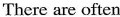
There are often